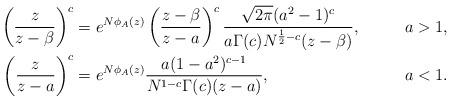
LaTeX: \begin{align*}\left(\frac{z}{z-\beta}\right)^{c} &= e^{N\phi_{A}(z)}\left(\frac{z-\beta}{z-a}\right)^{c}\frac{\sqrt{2\pi}(a^2-1)^c}{a\Gamma(c)N^{\frac{1}{2}-c}(z-\beta)},&a>1,\\\left(\frac{z}{z-a}\right)^{c} &= e^{N\phi_{A}(z)}\frac{a(1-a^2)^{c-1}}{N^{1-c}\Gamma(c)(z-a)},&a<1.\end{align*}